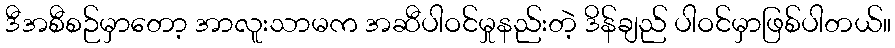
ဒီအစီစဉ်မှာတော့ အာလူးသာမက အဆီပါဝင်မှုနည်းတဲ့ ဒိန်ချည် ပါဝင်မှာဖြစ်ပါတယ်။